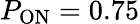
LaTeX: P_{\mathrm{ON}}=0.75